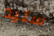
سليد